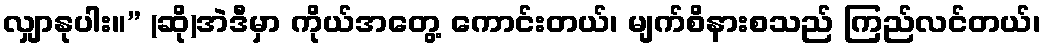
လျှာနုပါး။” (ဆို)အဲဒီမှာ ကိုယ်အတွေ့ ကောင်းတယ်၊ မျက်စိနားစသည် ကြည်လင်တယ်၊